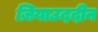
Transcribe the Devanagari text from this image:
ज़ियाउददीन